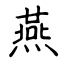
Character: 燕